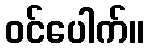
ဝင်ပေါက်။